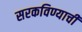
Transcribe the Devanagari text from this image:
सरकविण्याची